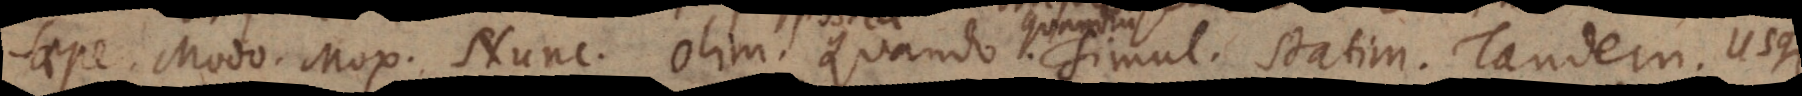
Saepe. Modo. Mox. Nunc. Olim. . Quando. Simul. Statim. Tandem. Usque